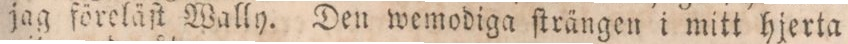
jag föreläſt Wally. Den wemodiga ſträngen i mitt hjerta